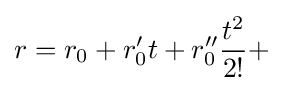
r=r_{0}+r'_{0}t+r''_{0}{\frac {t^{2}}{2!}}+